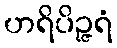
ဟရိပိဉ္ဇရံ